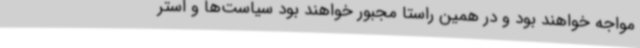
مواجه خواهند بود و در همین راستا مجبور خواهند بود سیاست‌ها و استر